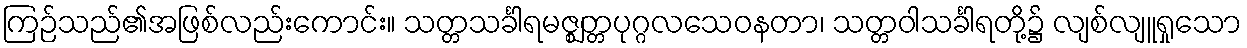
ကြဉ်သည်၏အဖြစ်လည်းကောင်း။ သတ္တသင်္ခါရမဇ္ဈတ္တပုဂ္ဂလသေဝနတာ၊ သတ္တဝါသင်္ခါရတို့၌ လျစ်လျူရှုသော